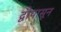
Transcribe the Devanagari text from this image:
द्वीपासून